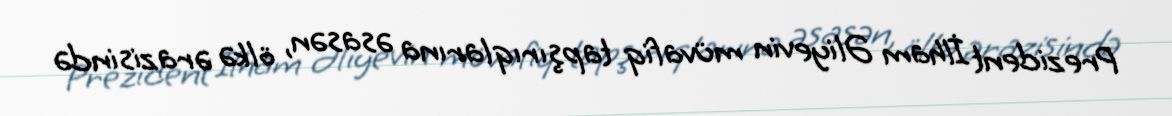
Prezident İlham Əliyevin müvafiq tapşırıqlarına əsasən, ölkə ərazisində